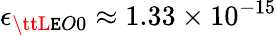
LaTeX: \epsilon_{{\ttL\mathtt{E}O}0}\approx1.33\times10^{-15}